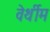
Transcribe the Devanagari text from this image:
वेर्थीम